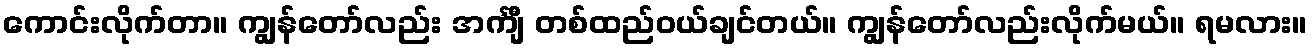
ကောင်းလိုက်တာ။ ကျွန်တော်လည်း အင်္ကျီ တစ်ထည်ဝယ်ချင်တယ်။ ကျွန်တော်လည်းလိုက်မယ်။ ရမလား။